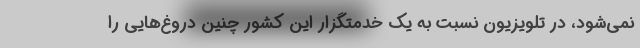
نمی‌شود، در تلویزیون نسبت به یک خدمتگزار این کشور چنین دروغ‌هایی را